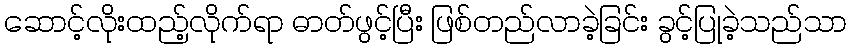
ဆောင့်လိုးထည့်လိုက်ရာ ဓာတ်ဖွင့်ပြီး ဖြစ်တည်လာခဲ့ခြင်း ခွင့်ပြုခဲ့သည်သာ